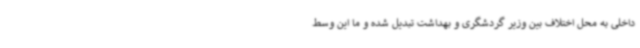
داخلی به محل اختلاف بین وزیر گردشگری و بهداشت تبدیل شده و ما این وسط